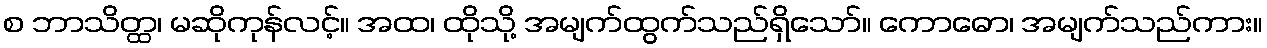
စ ဘာသိတ္ထ၊ မဆိုကုန်လင့်။ အထ၊ ထိုသို့ အမျက်ထွက်သည်ရှိသော်။ ကောဓော၊ အမျက်သည်ကား။